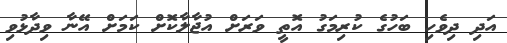
އަދި ދިވެހި ބަހުގެ ކުރިމަގު އޮތީ ވަރަށް އުޖާލާކޮށް ކަމަށް އޭނާ ވިދާޅުވި